Medical and sanitary report on the native army of Bombay for the year
Year: 1878
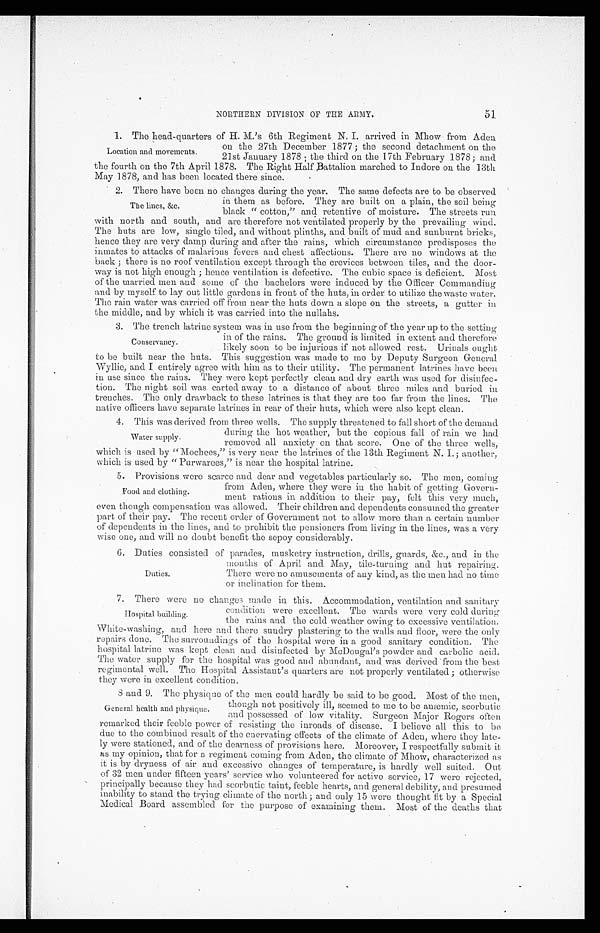
51
NORTHERN DIVISION OF THE ARMY.
1. The head-quarters of H. M.'s 6th Regiment N. I. arrived in Mhow from Aden
Location and movements.
on the 27th December 1877; the second detachment on the
21st January 1878; the third on the 17th February 1878 ; and
the fourth on the 7th April 1878. The Right Half Battalion marched to Indore on the 13th
May 1878, and has been located there since.
2. There have been no changes during the year. The same defects are to be observed
The lines, &c.
in them as before. They are built on a plain, the soil being
blank " cotton_" and retentive of moisture. The streets run
with north and south, and are therefore not ventilated properly by the prevailing wind.
The huts are low, single tiled, and without plinths, and built of mud and sunburnt bricks,
hence they are very damp during and after the rains, which circumstance predisposes the
inmates to attacks of malarious fevers and chest affections. There are no windows at the
back ; there is no roof ventilation except through the crevices between tiles, and the door-
way is not high enough ; hence ventilation is defective. The cubic space is deficient. Most
of the married men and some of the bachelors were induced by the Officer Commanding
and by myself to lay out little gardens in front of the huts, in order to utilize the waste water.
The rain water was carried off from near the huts down a slope on the streets, a gutter in
the middle, and by which it was carried into the nuliahs.
3. The trench latrine system was in use from the beginning of the year up to the setting
Conservancy.
in of the rains. The ground is limited in extent and therefore
likely soon to be injurious if not allowed rest. Urinals ough--t
to be built near the huts. This suggestion was made to me by Deputy Surgeon General.
Wyllie, and I entirely agree with him as to their utility. The permanent latrines have been
in use since the rains. They were kept perfectly clean and dry earth was used for disinfec-
tion. The night soil was carted away to a distance of about three miles and buried in
trenches. The only drawback to these latrines is that they are too far from the lines. The
native officers have separate latrines in rear of their huts, which were also kept clean.
4 This was derived from three wells. The supply threatened to fall short of the demand
Water supply.
during the hot weather, but the copious tall of rain we had
removed all anxiety on that score. One of the three wells,
which is used by "Mochees," is very near the latrines of the 13th Regiment N. I.; another,
which is used by " Purwarees," is near the hospital latrine.
5. Provisions were scarce and dear and vegetables particularly so. The men, coming.
Food and clothing.
from Aden, where they were in the habit of getting Govern-
ment rations in addition to their uav, felt this very much.
even though compensation was allowed. Their children and dependents consumed the greater
part of their pay. The recent order of Government not to allow more than a certain number
of dependents in the lines, and to prohibit the pensioners from living in the lines, was a very
wise one, and will no doubt benefit the sepoy considerably.
6. Duties consisted of parades, musketry instruction, drills, guards, &c., and in the
Duties.
months of April and May, tile-turning and hut repairing.
There were no amusements of any kind, as the men had no time
or inclination for them.
7. There were no changes made in this. Accommodation, ventilation and sanitary
Hospital building.
condition were excellent. The wards were very cold during
the rains and the cold weather owing to excessive ventilation.
White-washing, and hero and there sundry plastering to the walls and floor, were the only
repairs done. The surroundings of the hospital were in a good sanitary condition. The
hospital latrine was kept clean and disinfected by McDougal's powder and carbolic acid.
The water supply for the hospital was good and abundant, and was derived from the best
regimental well. The Hospital Assistant's quarters are not properly ventilated ; otherwise
they were in excellent condition.
8 and 9. The physique of the men could hardly be said to be good. Most of the men,
General health and physique.
though not positively ill, seemed to me to be anæmic, scorbutic
and possessed of low vitality. Surgeon Major Rogers often
remarked their feeble power of resisting the inroads of disease. I believe all this to be
due to the combined result of the enervating effects of the climate of Aden, where they late-
ly were stationed, and of the dearness of provisions here. Moreover, I respectfully submit it
as my opinion, that for a regiment coming from Aden, the climate of Mhow, characterized as
it is by dryness of air and excessive changes of temperature, is hardly well suited. Out
of 32 men under fifteen years' service who volunteered for active service, 17 were rejected,
principally because they had scorbutic taint, feeble hearts, and general debility, and presumed
inability to stand the trying climate of the north; and only 15 were thought fit by a Special
Medical Board assembled for the purpose of examining them. Most of the deaths that